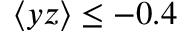
\langle y z \rangle \le - 0 . 4